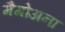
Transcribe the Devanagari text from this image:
मैमोअना